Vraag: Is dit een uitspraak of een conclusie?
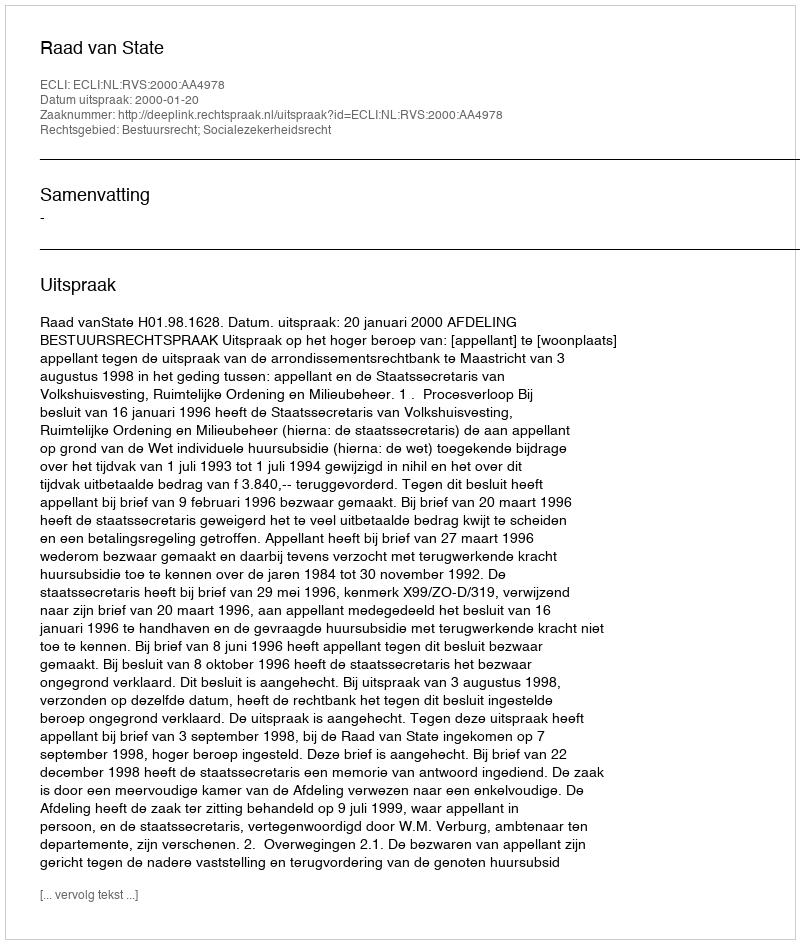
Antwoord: Uitspraak